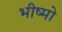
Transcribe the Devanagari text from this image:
भीष्मो